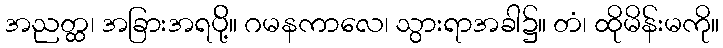
အညတ္ထ၊ အခြားအရပ်ို့။ ဂမနကာလေ၊ သွားရာအခါ၌။ တံ၊ ထိုမိန်းမကို။